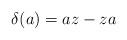
LaTeX: \begin{align*}\delta (a) = a z - z a\end{align*}